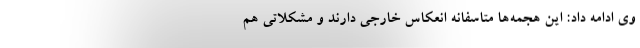
وی ادامه داد: این هجمه‌ها متاسفانه انعکاس خارجی دارند و مشکلاتی هم